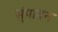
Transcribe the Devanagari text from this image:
स्ंपादन